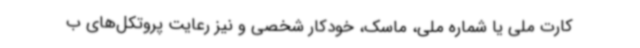
کارت ملی یا شماره ملی، ماسک، خودکار شخصی و نیز رعایت پروتکل‌های ب